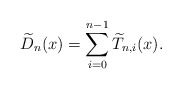
\begin{align*}\widetilde{D}_{n}(x) = \sum_{i=0}^{n-1}\widetilde{T}_{n,i}(x).\end{align*}